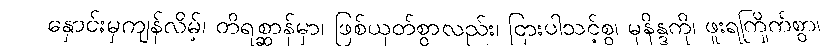
နှောင်းမှကျန်လိမ့်၊ တိရစ္ဆာန်မှာ၊ ဖြစ်ယုတ်စွာလည်း၊ ငြားပါသင့်စွ၊ မုနိန္ဒကို၊ ဖူးရကြိုက်စွာ၊